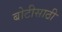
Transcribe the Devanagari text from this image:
बोटीसाठी